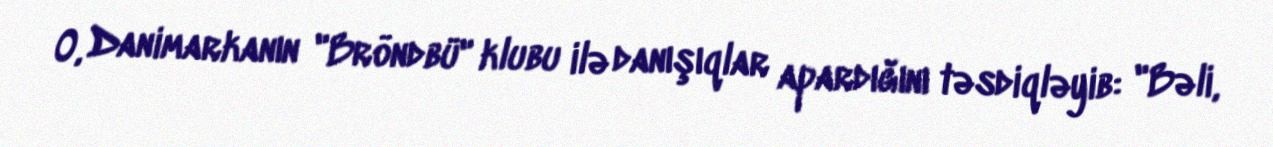
O, Danimarkanın "Bröndbü" klubu ilə danışıqlar apardığını təsdiqləyib: "Bəli,